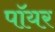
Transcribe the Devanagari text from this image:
पॉयर